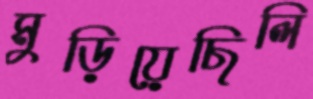
মুড়িয়েছিলি